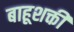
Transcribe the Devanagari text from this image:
बाहूशक्ती